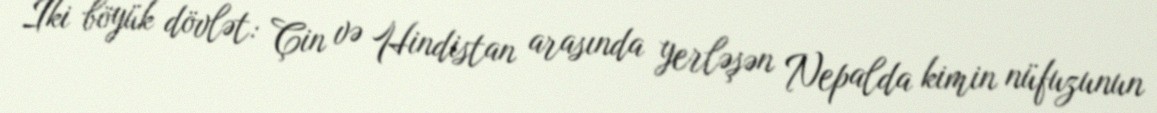
İki böyük dövlət: Çin və Hindistan arasında yerləşən Nepalda kimin nüfuzunun